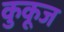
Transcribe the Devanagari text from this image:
कुकूज